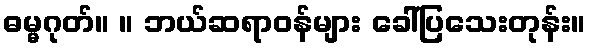
ဓမ္မဂုတ်။ ။ ဘယ်ဆရာဝန်များ ခေါ်ပြသေးတုန်း။